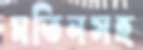
মতিনসহ